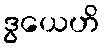
ဒွယေဟိ